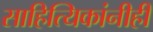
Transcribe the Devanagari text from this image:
साहित्यिकांनीही